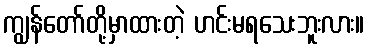
ကျွန်တော်တို့မှာထားတဲ့ ဟင်းမရသေးဘူးလား။